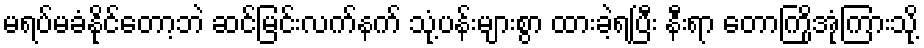
မရပ်မခံနိုင်တော့ဘဲ ဆင်မြင်းလက်နက် သုံ့ပန်းများစွာ ထားခဲ့ရပြီး နီးရာ တောကြိုအုံကြားသို့